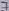
Text: 7